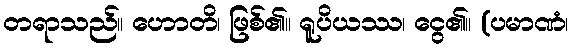
တရာသည်။ ဟောတိ၊ ဖြစ်၏။ ရူပိယဿ၊ ငွေ၏။ (ပမာဏံ၊